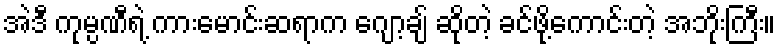
အဲဒီ ကုမ္ပဏီရဲ့ ကားမောင်းဆရာက ဂျော့ချ် ဆိုတဲ့ ခင်ဖို့ကောင်းတဲ့ အဘိုးကြီး။